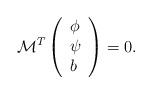
LaTeX: \begin{align*}\mathcal{M}^T\left(\begin{array}{l}\phi\\\psi\\b\end{array}\right)=0.\end{align*}